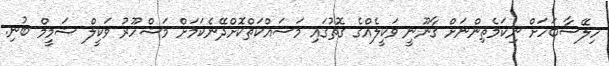
ހިލޭސާބަހަށް ނިކަމެތިންނަށް ޤާނޫނީ ވަކީލެއްގެ ގޮތުގައި މަސައްކަތްކޮށްދޭނެކަމަށް މަޝްހޫރު ވަކީލް ޝަމީމް ބުނި.